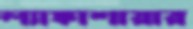
ল্যাঙ্কাশায়ার